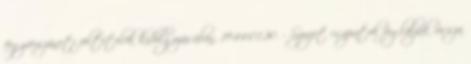
fegyverszüneti feltételek kidolgozásában. 1944.01.20. - Szovjet csapatok foglalják vissza